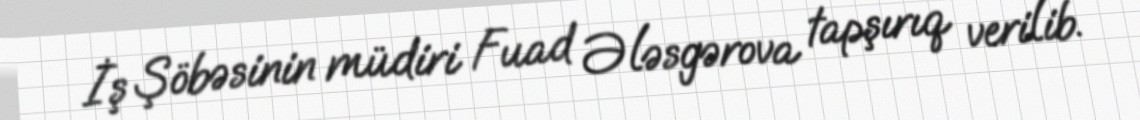
İş Şöbəsinin müdiri Fuad Ələsgərova tapşırıq verilib.